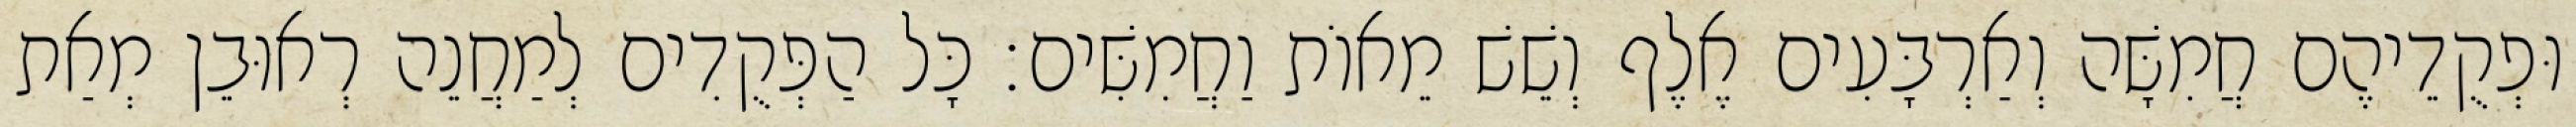
וּפְקֻדֵיהֶם חֲמִשָּׁה וְאַרְבָּעִים אֶלֶף וְשֵׁשׁ מֵאוֹת וַחֲמִשִּׁים׃ כָּל הַפְּקֻדִים לְמַחֲנֵה רְאוּבֵן מְאַת